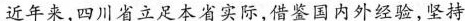
近年来，四川省立足本省实际，借鉴国内外经验，坚持